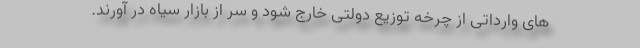
های وارداتی از چرخه توزیع دولتی خارج شود و سر از بازار سیاه در آورند.